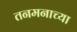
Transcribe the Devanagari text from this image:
तनमनाच्या